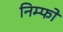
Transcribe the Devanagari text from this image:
निम्फो